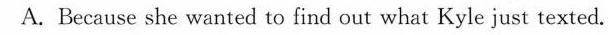
A. Because she wanted to find out what Kyle just texted.